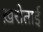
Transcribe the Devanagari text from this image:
ख़रोताई